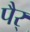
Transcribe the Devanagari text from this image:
पैर्